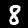
Label: 8